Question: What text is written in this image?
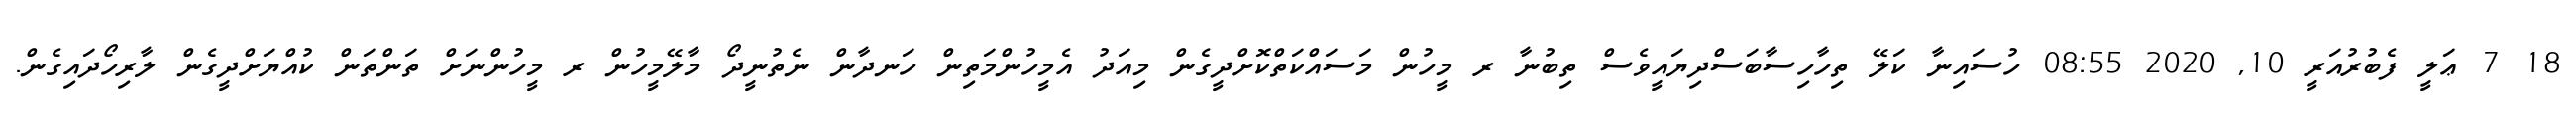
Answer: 18 7 ޢަލީ ފެބުރުއަރީ 10, 2020 08:55 ހުސައިނާ ކަލޭ ތިހާހިސާބަސްދިޔައީވެސް ތިބުނާ ރ މީހުން މަސައްކަތްކޮށްދީގެން މިއަދު އެމީހުންމަތިން ހަނދާން ނެތުނީދޯ މާލޭމީހުން ރ މީހުންނަށް ތަންތަން ކުއްޔަށްދީގެން ލާރިހޯދައިގެން.